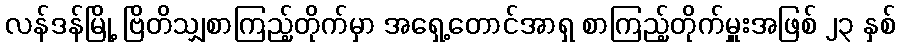
လန်ဒန်မြို့ ဗြိတိသျှစာကြည့်တိုက်မှာ အရှေ့တောင်အာရှ စာကြည့်တိုက်မှူးအဖြစ် ၂၃ နှစ်